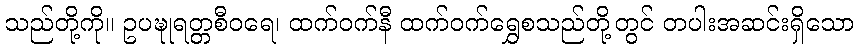
သည်တို့ကို။ ဥပဍ္ဎုရတ္တစီဝရေ၊ ထက်ဝက်နီ ထက်ဝက်ရွှေစသည်တို့တွင် တပါးအဆင်းရှိသော